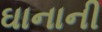
ઘાનાની